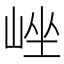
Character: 㟇